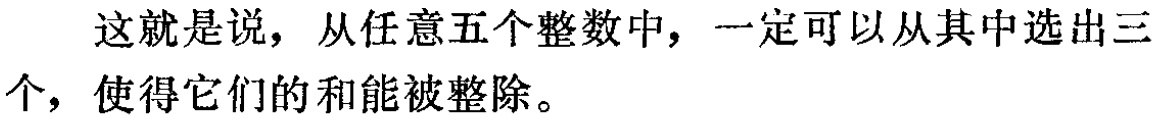
这就是说，从任意五个整数中，一定可以从其中选出三个，使得它们的和能被  整除。